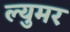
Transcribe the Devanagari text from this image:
ल्युमर